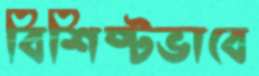
বিশিষ্টভাবে